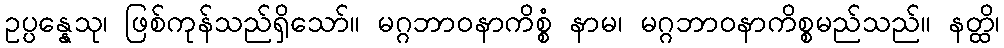
ဥပ္ပန္နေသု၊ ဖြစ်ကုန်သည်ရှိသော်။ မဂ္ဂဘာဝနာကိစ္စံ နာမ၊ မဂ္ဂဘာဝနာကိစ္စမည်သည်။ နတ္ထိ၊